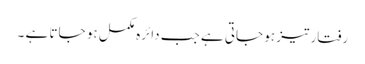
رفتار تیز ہو جاتی ہے جب دائرہ مکمل ہو جاتا ہے ۔